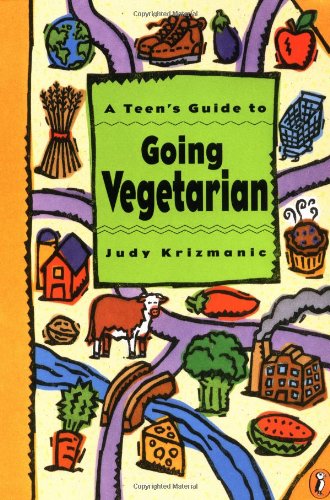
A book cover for A Teen's Guide to Going Vegetarian; Judy Krizmanic; Teen & Young Adult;